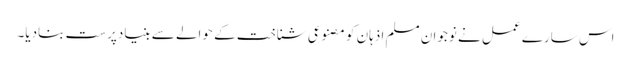
اس سارے عمل نے نوجوان مسلم اذہان کو مصنوعی شناخت کے حوالے سے بنیادپرست بنادیا۔